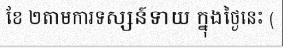
ខែ ២តាមការទស្សន៍ទាយ ក្នុងថ្ងៃនេះ (